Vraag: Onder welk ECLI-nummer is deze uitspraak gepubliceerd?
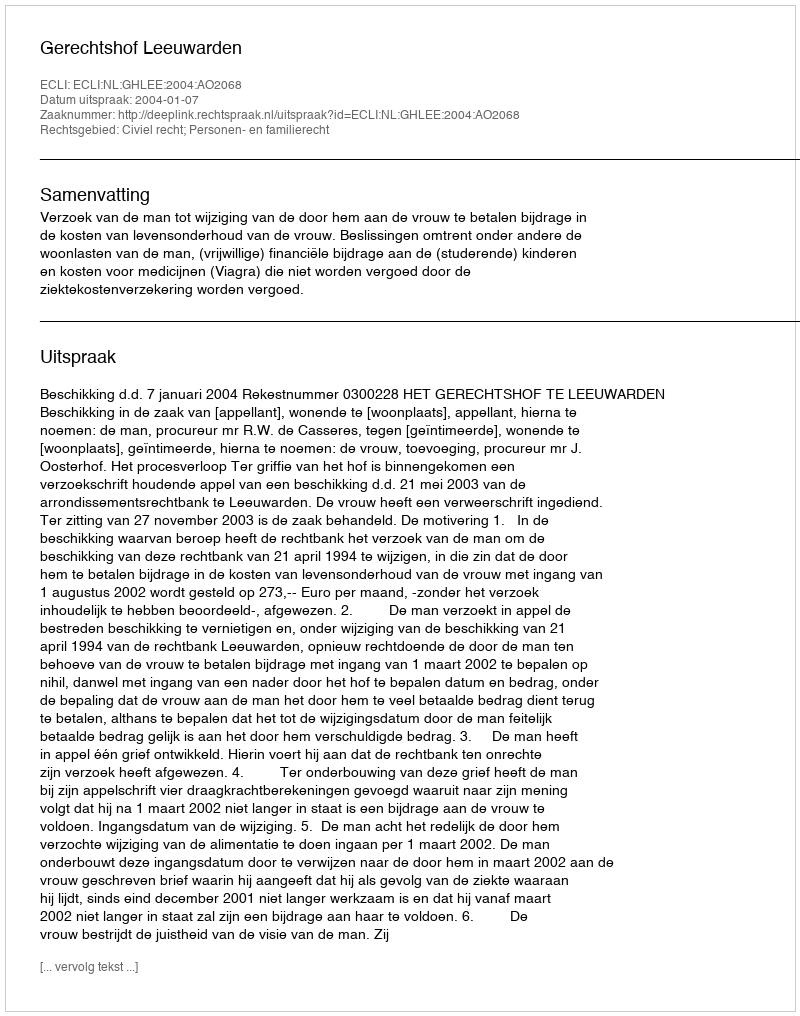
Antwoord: ECLI:NL:GHLEE:2004:AO2068